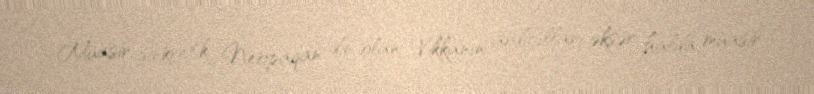
Müasir sinkretik Neopaqan din olan Vikkanın ardıcılları əksər halda müasir